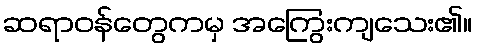
ဆရာဝန်တွေကမှ အကြွေးကျသေး၏။